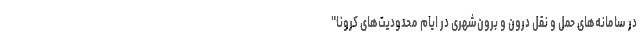
در سامانه‌های حمل و نقل درون و برون‌شهری در ایام محدودیت‌های کرونا"